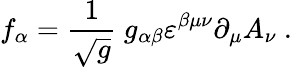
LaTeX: f_{\alpha}=\frac{1}{\sqrt{g}}\ g_{\alpha\beta}\varepsilon^{\beta\mu\nu}\partial_{\mu}A_{\nu}\ .